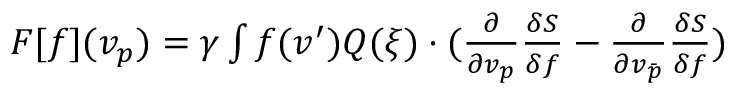
\begin{array} { r } { F [ f ] ( v _ { p } ) = \gamma \int f ( v ^ { \prime } ) Q ( \xi ) \cdot ( \frac { \partial } { \partial v _ { p } } \frac { \delta S } { \delta f } - \frac { \partial } { \partial v _ { \bar { p } } } \frac { \delta S } { \delta f } ) } \end{array}